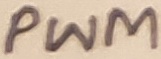
Text: PWM